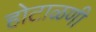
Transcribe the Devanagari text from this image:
होटाळणी